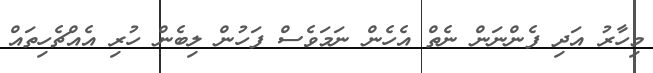
މިހާރު އަދި ފެންނަން ނެތް އެހެން ނަމަވެސް ފަހުން ލިބެން ހުރި އެއްޗެހިތައް